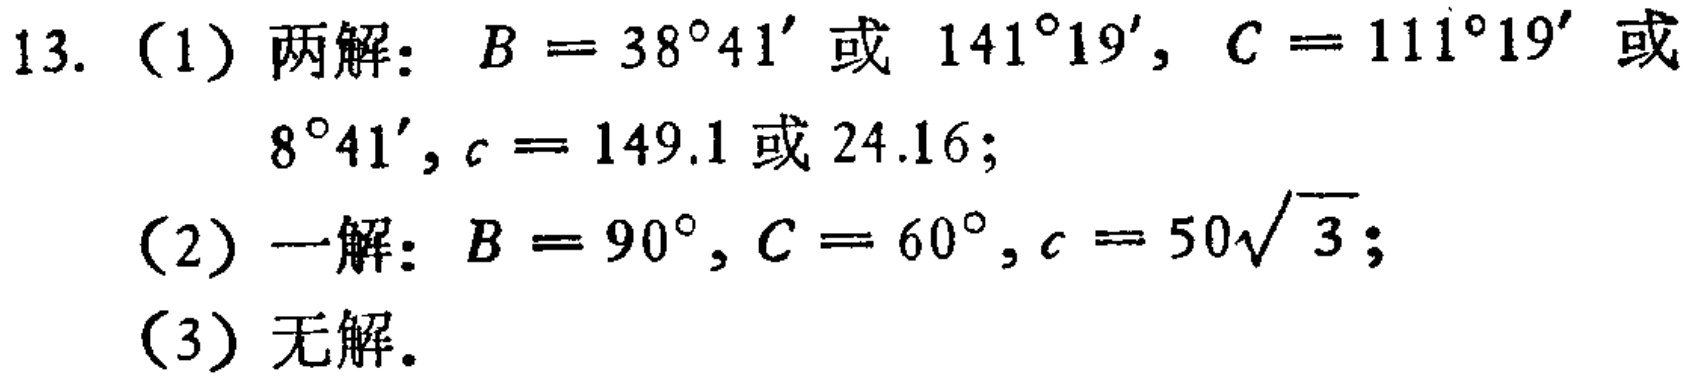
13. （1）两解：\(B = 38^{\circ}41'\)或 \(141^{\circ}19'\)，\(C = 111^{\circ}19'\)或 \(8^{\circ}41'\)，\(c = 149.1\)或 \(24.16\)；
（2）一解：\(B = 90^{\circ}\)，\(C = 60^{\circ}\)，\(c = 50\sqrt{3}\)；
（3）无解。